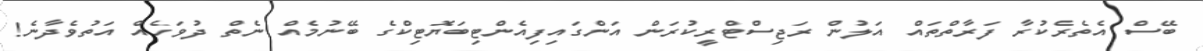
ބޭސް އެތެރެކުރާ ފަރާތްތައް އަލުން ރަޖިސްޓްރީކުރަން އަންގައިފިއެންޓިބަޔޮޓިކްގެ ބޭނުމެއް ނެތް ދުވަހެއް އަތުވެދާނެ!